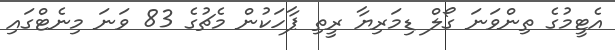
އެޓީމުގެ ތިންވަނަ ގޯލް ޑިމަރިޔާ ރީތި ޕާހަކުން މެޗުގެ 83 ވަނަ މިނެޓްގައި